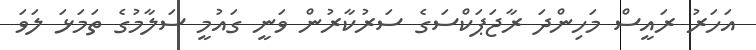
އަހަރު ރައީސް މަހިންދަ ރާޖަޕަކްސަގެ ސަރުކާރުން ވަނީ ގައުމީ ސަލާމުގެ ތަމަޅަ ލަވަ